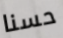
حسنا